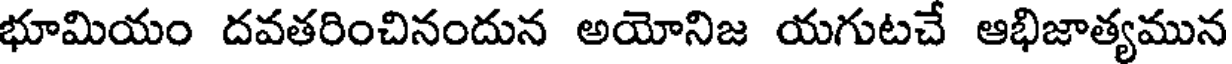
భూమియం దవతరించినందున అయోనిజ యగుటచే ఆభిజాత్యమున